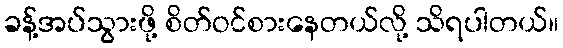
ခန့်အပ်သွားဖို့ စိတ်ဝင်စားနေတယ်လို့ သိရပါတယ်။